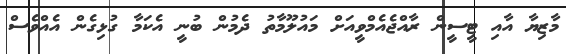
މާޒިޔާ އާއި ޓީސީން ރާއްޖެއެމްވީއަށް މައުލޫމާތު ދެމުން ބުނީ އެކަމާ ގުޅިގެން އެއްވެސް